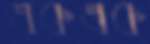
একএক